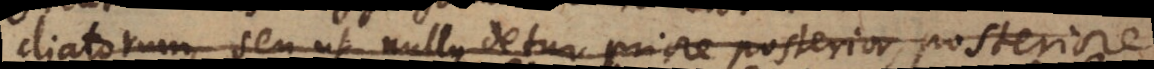
diatorum, seu ut nullus detur priore posterior, posteriore